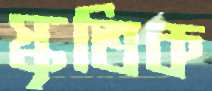
স্কৃতিক